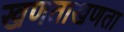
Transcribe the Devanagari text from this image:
खणताखणता